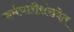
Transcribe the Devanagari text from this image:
कर्मचारीसंख्येत